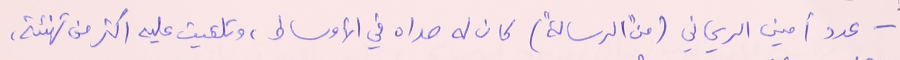
- عدد أمين الريحاني (من "الرسالة") كان له صداه في الأوساط، وتلقيت عليه اكثر من تهنئة،